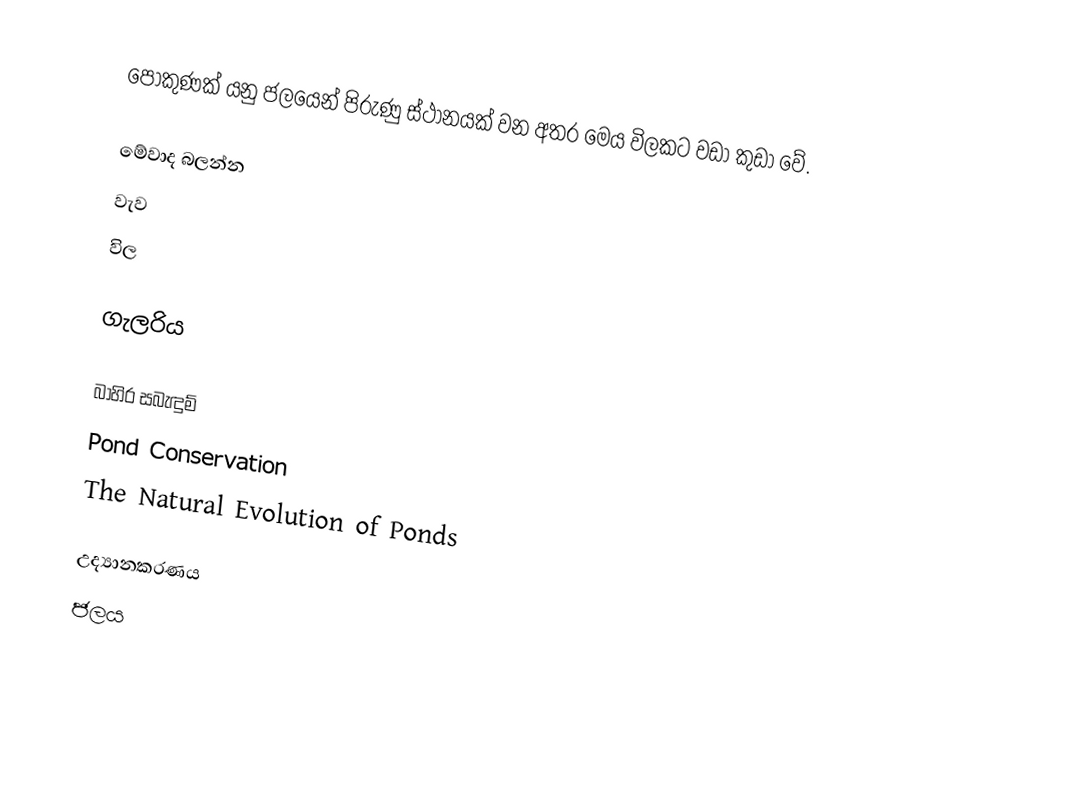
පොකුණක් යනු ජලයෙන් පිරුණු ස්ථානයක් වන අතර මෙය විලකට වඩා කුඩා වේ.

මේවාද බලන්න
වැව
විල

ගැලරිය

බාහිර සබැඳුම්
Pond Conservation
The Natural Evolution of Ponds

උද්‍යානකරණය
ජලය